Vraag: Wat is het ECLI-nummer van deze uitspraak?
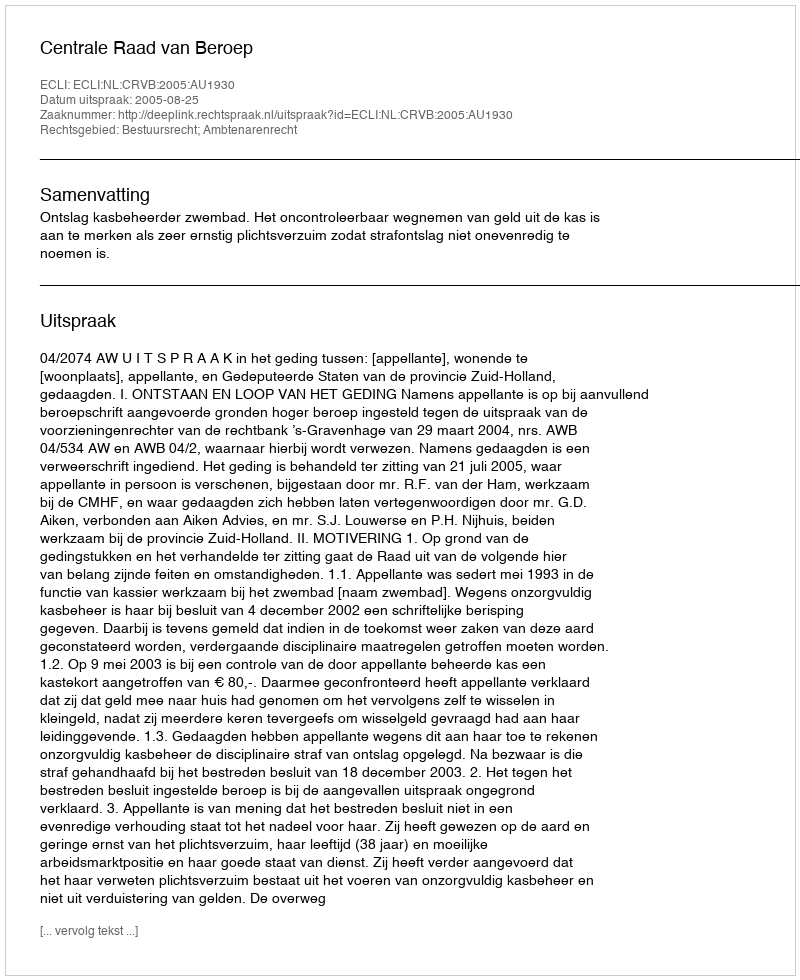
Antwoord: ECLI:NL:CRVB:2005:AU1930